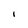
Character: 1